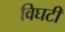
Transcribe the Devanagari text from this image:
विघटी